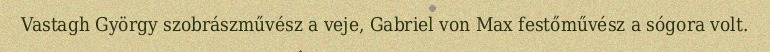
Vastagh György szobrászművész a veje, Gabriel von Max festőművész a sógora volt.